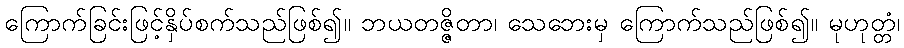
ကြောက်ခြင်းဖြင့်နှိပ်စက်သည်ဖြစ်၍။ ဘယတဇ္ဇိတာ၊ သေဘေးမှ ကြောက်သည်ဖြစ်၍။ မုဟုတ္တံ၊